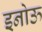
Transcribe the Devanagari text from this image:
इनोऊ